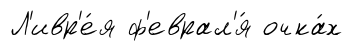
Л'ивр'е́я ф'еврал'я́ очка́х